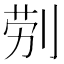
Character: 𭃪